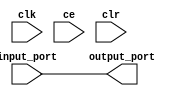
module sysgen_reinterpret_af1a0b71e1 (
  input [(16 - 1):0] input_port,
  output [(16 - 1):0] output_port,
  input clk,
  input ce,
  input clr);
  wire signed [(16 - 1):0] input_port_1_40;
  wire [(16 - 1):0] output_port_5_5_force;
  assign input_port_1_40 = input_port;
  assign output_port_5_5_force = input_port_1_40;
  assign output_port = output_port_5_5_force;
endmodule